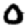
Digit: 0